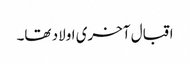
اقبال آخری اولاد تھا۔